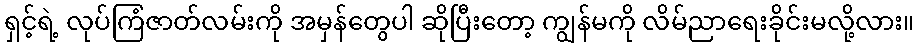
ရှင့်ရဲ့ လုပ်ကြံဇာတ်လမ်းကို အမှန်တွေပါ ဆိုပြီးတော့ ကျွန်မကို လိမ်ညာရေးခိုင်းမလို့လား။